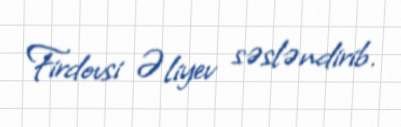
Firdovsi Əliyev səsləndirib.